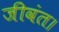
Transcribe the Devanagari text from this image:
जीवंत।